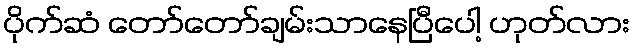
ပိုက်ဆံ တော်တော်ချမ်းသာနေပြီပေါ့ ဟုတ်လား